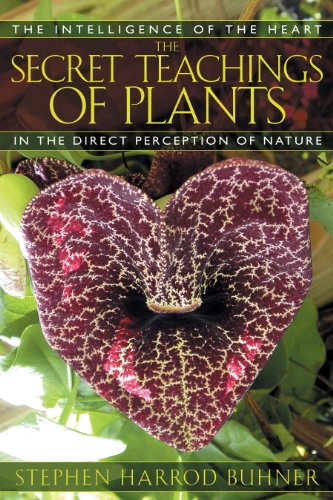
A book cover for The Secret Teachings of Plants: The Intelligence of the Heart in the Direct Perception of Nature; Stephen Harrod Buhner; Science & Math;